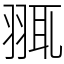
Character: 䎎